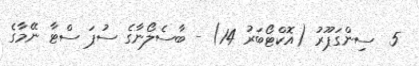
5  ސިންގަޕޫރު (އޮކްޓޯބަރު 14) - ބާސެލޯނާގެ ސުޕަ ސްޓާ ނޭމާގެ